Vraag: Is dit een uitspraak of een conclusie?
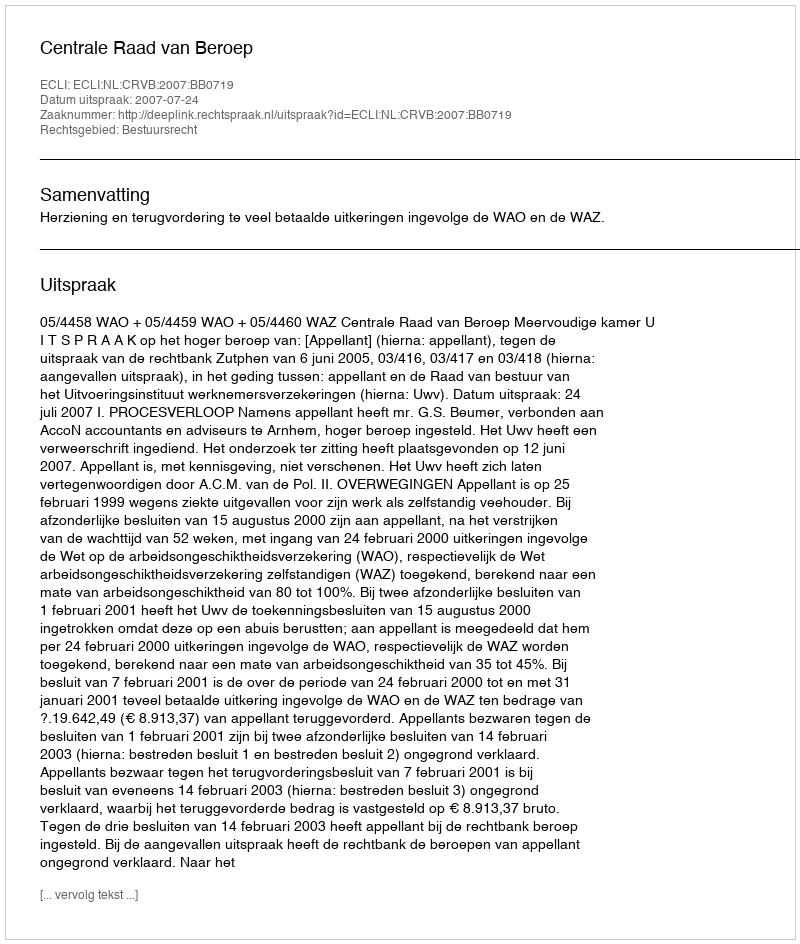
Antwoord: Uitspraak